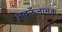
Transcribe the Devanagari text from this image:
भदऊँनामक